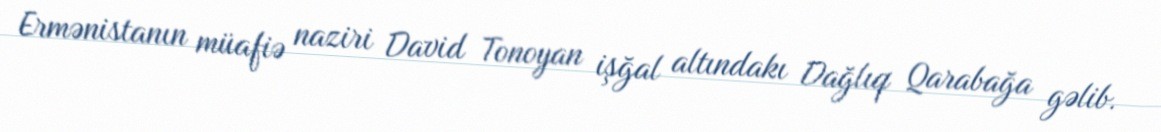
Ermənistanın müafiə naziri David Tonoyan işğal altındakı Dağlıq Qarabağa gəlib.